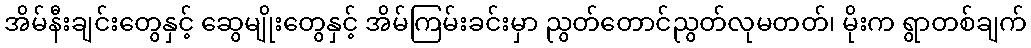
အိမ်နီးချင်းတွေနှင့် ဆွေမျိုးတွေနှင့် အိမ်ကြမ်းခင်းမှာ ညွတ်တောင်ညွတ်လုမတတ်၊ မိုးက ရွာတစ်ချက်